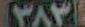
١٣٨٣١